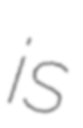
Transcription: is